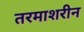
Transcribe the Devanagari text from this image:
तरमाशरीन